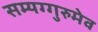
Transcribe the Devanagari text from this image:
सम्यग्गुरुमेव